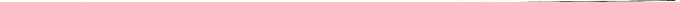
___